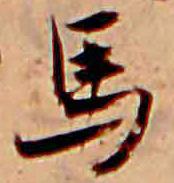
馬